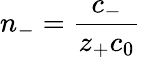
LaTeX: n_{-}=\frac{c_{-}}{z_{+}c_{0}}